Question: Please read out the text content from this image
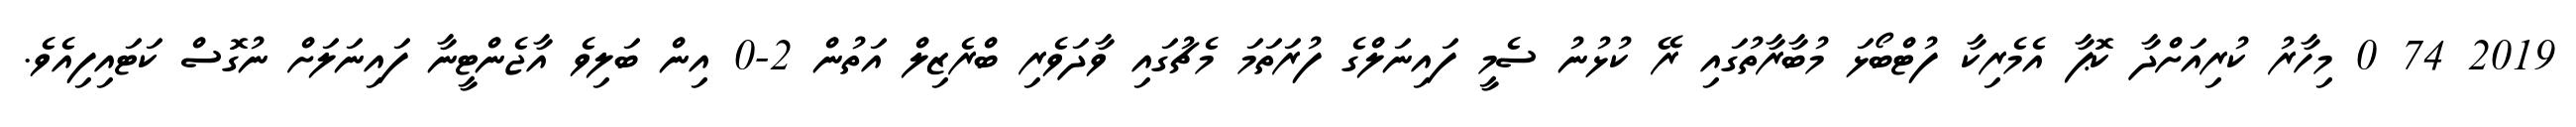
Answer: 2019 74 0 މިހާރު ކުރިއަށްދާ ކޮޕާ އެމެރިކާ ފުޓްބޯޅަ މުބާރާތުގައި ރޭ ކުޅުނު ސެމީ ފައިނަލްގެ ފުރަތަމަ މެޗުގައި ވާދަވެރި ބްރެޒިލް އަތުން 2-0 އިން ބަލިވެ އާޖެންޓީނާ ފައިނަލަށް ނުގޮސް ކަޓައިފިއެވެ.